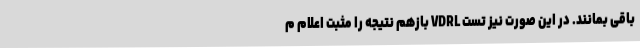
باقی بمانند. در این صورت نیز تست VDRL بازهم نتیجه را مثبت اعلام م